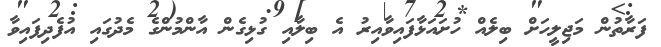
ފަރާތުން މަޖިލީހަށް ބިލެއް ހުށައަޅާފައިވާއިރު އެ ބިލާއި ގުޅިގެން އާންމުންގެ މެދުގައި އުފެދިފައިވާ